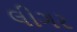
લીગર